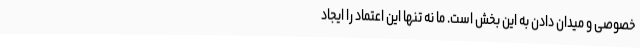
خصوصی و میدان دادن به این بخش است. ما نه تنها این اعتماد را ایجاد